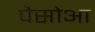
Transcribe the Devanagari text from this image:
पैसोआ